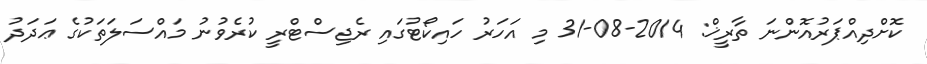
ކޮށްދިއްޕަރުއޮންނަ ތާރީޚް: 2014-08-31 މި އަހަރު ހައިކޯޓުގައި ރެޖިސްޓްރީ ކުރެވުނު މައްސަލަތަކުގެ ޢަދަދު